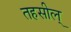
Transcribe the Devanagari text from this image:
तहसील्